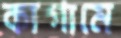
কাগামে